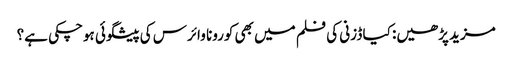
مزید پڑھیں: کیا ڈزنی کی فلم میں بھی کورونا وائرس کی پیشگوئی ہوچکی ہے؟